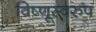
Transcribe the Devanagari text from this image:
विष्णूस्वरुप